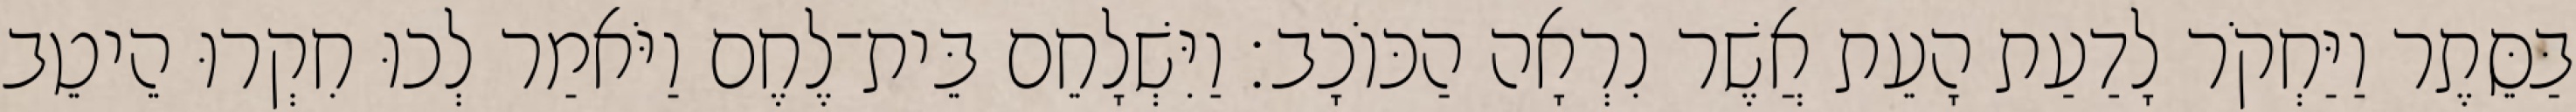
בַּסֵּתֶר וַיַּחְקֹר לָדַעַת הָעֵת אֲשֶׁר נִרְאָה הַכּוֹכָב׃ וַיִּשְׁלָחֵם בֵּית־לֶחֶם וַיֹּאמַר לְכוּ חִקְרוּ הֵיטֵב